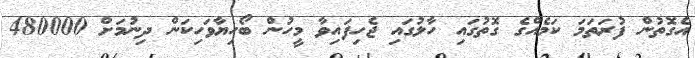
އެގޮތުން ފުރަތަމަ ކަމެއްގެ ގޮތުގައި ހާލުގައި ޖެހިފައިވާ މީހުން ބޯހިޔާވަހިކަން ދިނުމަށް 480000